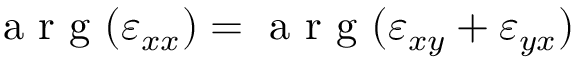
\mathrm { ~ a ~ r ~ g ~ } ( \varepsilon _ { x x } ) = \mathrm { ~ a ~ r ~ g ~ } ( \varepsilon _ { x y } + \varepsilon _ { y x } )